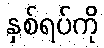
နှစ်ရပ်ကို